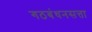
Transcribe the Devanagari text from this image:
गठबंधनसत्ता